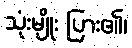
သုံးမျိုး ပြား၏၊